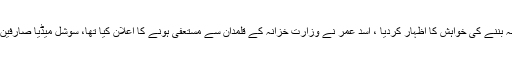
نیویارک : امریکی اداکار جیریمی نے اسد عمر کی جگہ وزیر خزانہ بننے کی خواہش کا اظہار کردیا ، اسد عمر نے وزارت خزانہ کے قلمدان سے مستعفی ہونے کا اعلان کیا تھا، سوشل میڈیا صارفین کا کہنا ہے جیریمی وزیر خزانہ تو نہیں وزیر مذاق بن سکتے ہیں۔